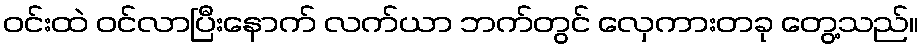
ဝင်းထဲ ဝင်လာပြီးနောက် လက်ယာ ဘက်တွင် လှေကားတခု တွေ့သည်။